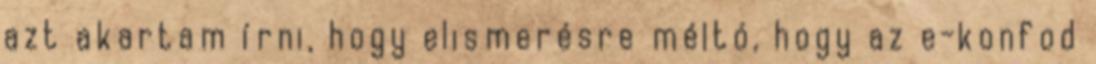
azt akartam írni, hogy elismerésre méltó, hogy az e-konfod